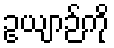
ဥယျာဉ်ကို